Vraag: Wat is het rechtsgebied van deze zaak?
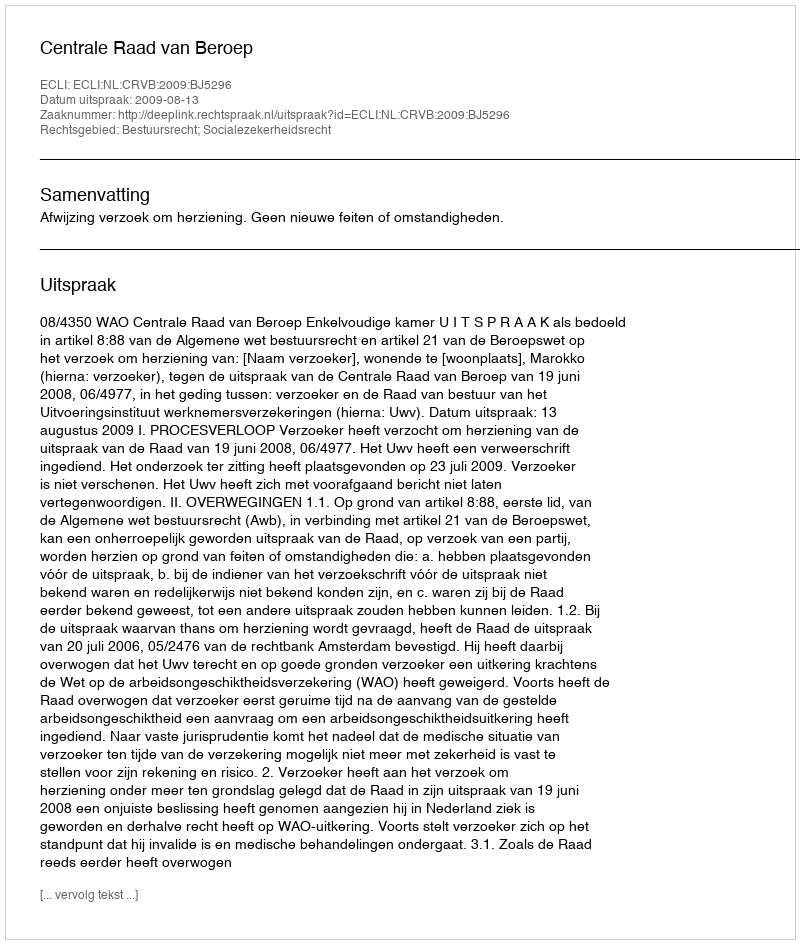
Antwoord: Bestuursrecht; Socialezekerheidsrecht